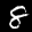
Label: 8